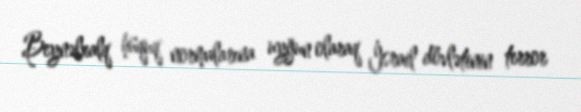
Beynəlxalq hüquq normalarına uyğun olaraq İsrail dövlətinin terror